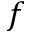
f